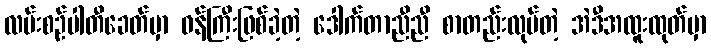
လမ်းစဉ်ပါတီခေတ်မှာ ဝန်ကြီးဖြစ်ခဲ့တဲ့ ဒေါက်တာညီညီ စာတည်းလုပ်တဲ့ အဲဒီအထူးထုတ်မှာ